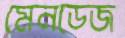
মেনডেজ